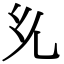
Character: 𭀘